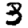
Digit: 3